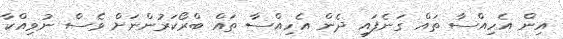
އިން އެހިއްސާ ތައް ގަނެފައި ދެން އެހިއްސާ ތައް ބްރޯކަރުންނަށް ވެސް ނުވިއްކާ